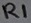
Text: R1